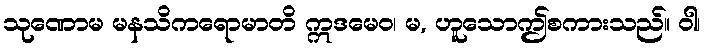
သုဏောမ မနသိကရောမာတိ ဣဒမေဝ၊ မ, ဟူသောဤစကားသည်။ ဝါ၊